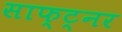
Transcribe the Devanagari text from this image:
साफ्ट्नर